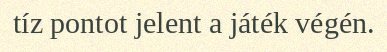
tíz pontot jelent a játék végén.